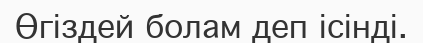
Өгіздей болам деп ісінді.